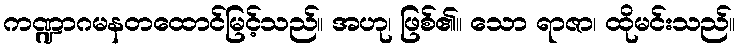
ကဏ္ဍာဂမနတထောင်မြင့်သည်။ အဟု၊ ဖြစ်၏။ သော ရာဇာ၊ ထိုမင်းသည်။